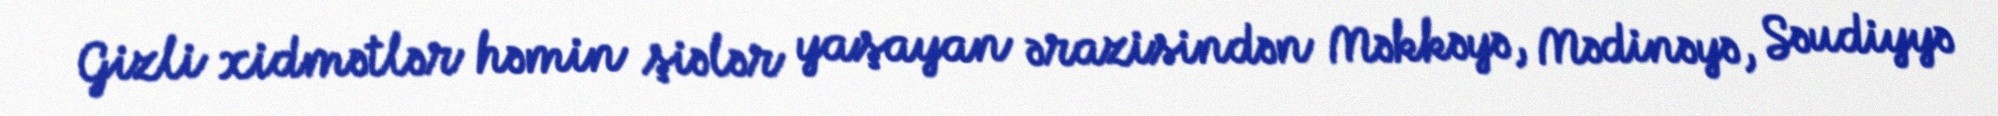
Gizli xidmətlər həmin şiələr yaşayan ərazisindən Məkkəyə, Mədinəyə, Səudiyyə